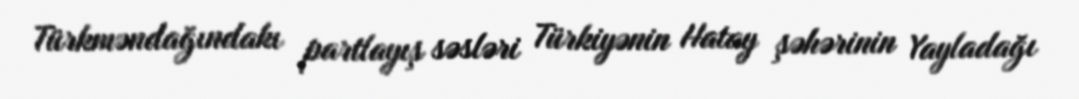
Türkməndağındakı partlayış səsləri Türkiyənin Hatay şəhərinin Yayladağı